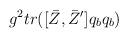
LaTeX: \begin{align*}g^2 tr([\bar Z,\bar Z'] q_b q_b)\end{align*}